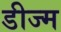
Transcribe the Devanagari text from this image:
डीज्म